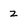
Character: Z